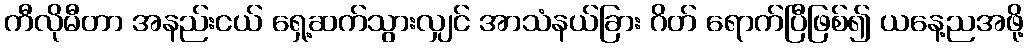
ကီလိုမီတာ အနည်းငယ် ရှေ့ဆက်သွားလျှင် အာသံနယ်ခြား ဂိတ် ရောက်ပြီဖြစ်၍ ယနေ့ညအဖို့